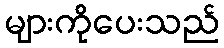
များကိုပေးသည်